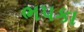
ભપકા